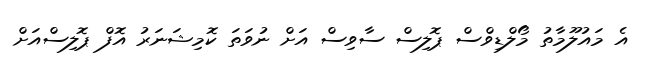
އެ މައުލޫމާތު މޯލްޑިވްސް ޕޮލިސް ސާވިސް އަށް ނުވަތަ ކޮމިޝަނަރު އޮފް ޕޮލިސްއަށް